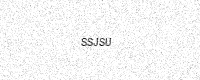
Text: SSJSU